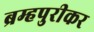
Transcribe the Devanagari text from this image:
ब्रम्हपुरीकर